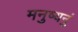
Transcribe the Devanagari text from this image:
मनुष्यनुं